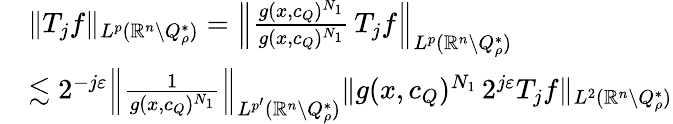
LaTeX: \begin{array}{rl}&{\| T_{j}f\| _{L^{p}(\mathbb{R}^{n}\setminus Q_{\rho}^{*})}=\Big\| \frac{g(x,c_{Q})^{N_{1}}}{g(x,c_{Q})^{N_{1}}}\, T_{j}f\Big\| _{L^{p}(\mathbb{R}^{n}\setminus Q_{\rho}^{*})}}\\ &{\lesssim 2^{-j\varepsilon}\Big\| \frac{1}{g(x,c_{Q})^{N_{1}}}\Big\| _{L^{p^{\prime}}(\mathbb{R}^{n}\setminus Q_{\rho}^{*})}\| g(x,c_{Q})^{N_{1}}\, 2^{j\varepsilon}T_{j}f\| _{L^{2}(\mathbb{R}^{n}\setminus Q_{\rho}^{*})}}\end{array}